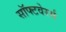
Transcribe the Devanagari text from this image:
सॉफ्टवेरर्स